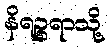
နိရဉ္စရာသို့